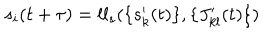
s _ { i } ( t + \tau ) = l l _ { s } ( \{ s _ { k } ^ { \prime } ( t ) \} , \{ J _ { k l } ^ { \prime } ( t ) \} )